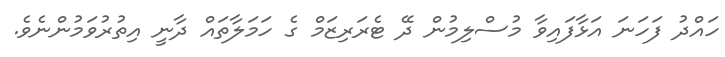
ހައްދު ފަހަނަ އަޅާފައިވާ މުސްލިމުން ދޭ ޓެރަރިޒަމް ގެ ހަމަލާތައް ދާނީ އިތުރުވަމުންނެވެ.